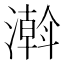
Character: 濣